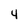
Character: 4